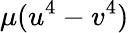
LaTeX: \mu(u^{4}-v^{4})